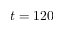
t = 1 2 0